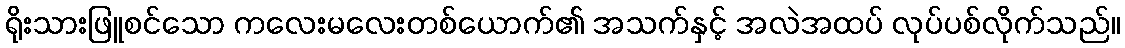
ရိုးသားဖြူစင်သော ကလေးမလေးတစ်ယောက်၏ အသက်နှင့် အလဲအထပ် လုပ်ပစ်လိုက်သည်။